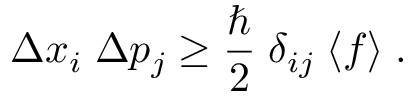
\Delta x _ { i } \; \Delta p _ { j } \ge \frac { \hbar } { 2 } \; \delta _ { i j } \; \langle f \rangle \; .